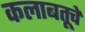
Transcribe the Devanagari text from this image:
कलाबतूचे